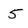
Character: 5